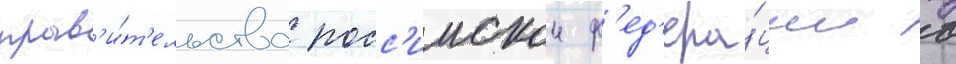
прав'и́т'ельства росс'иискои ф'ед'ера́ции в